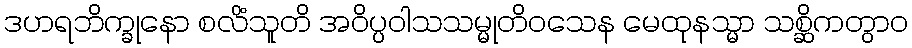
ဒဟရဘိက္ခုနော စလိံသူတိ အဝိပ္ပဝါသသမ္မုတိဝသေန မေထုနသ္မာ သစ္ဆိကတွာဝ